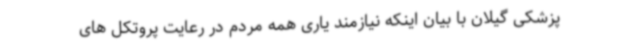
پزشکی گیلان با بیان اینکه نیازمند یاری همه مردم در رعایت پروتکل های